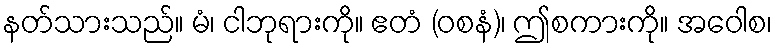
နတ်သားသည်။ မံ၊ ငါဘုရားကို။ ဧတံ (ဝစနံ)၊ ဤစကားကို။ အဝေါစ၊